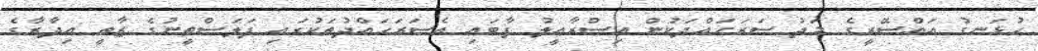
ހުޅަނގު އައްސޭރީގެ މަދު ސަރަޙައްދަކުން އިސްރާއީލު ފާބައި އެސަރަޙައްދުތަކުގައި ފަލަސްތީނުގެ ޒާތީ އިދާރާގެ